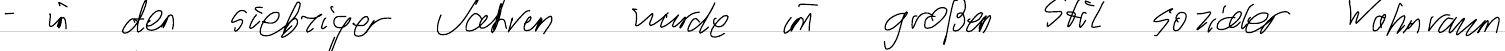
- in den siebziger Jahren wurde im großen Stil sozialer Wohnraum